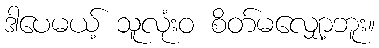
ဒါပေမယ့် သူလုံးဝ စိတ်မလျှော့ဘူး။